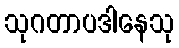
သုဂတာပဒါနေသု